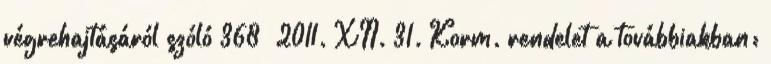
végrehajtásáról szóló 368 2011. XII. 31. Korm. rendelet a továbbiakban: